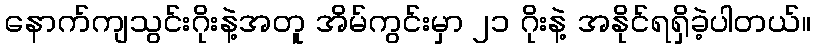
နောက်ကျသွင်းဂိုးနဲ့အတူ အိမ်ကွင်းမှာ ၂၁ ဂိုးနဲ့ အနိုင်ရရှိခဲ့ပါတယ်။